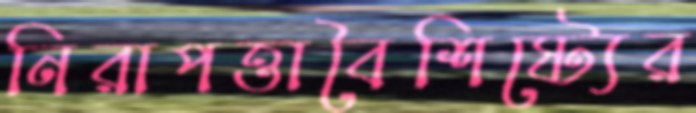
নিরাপত্তাবৈশিষ্ট্যের